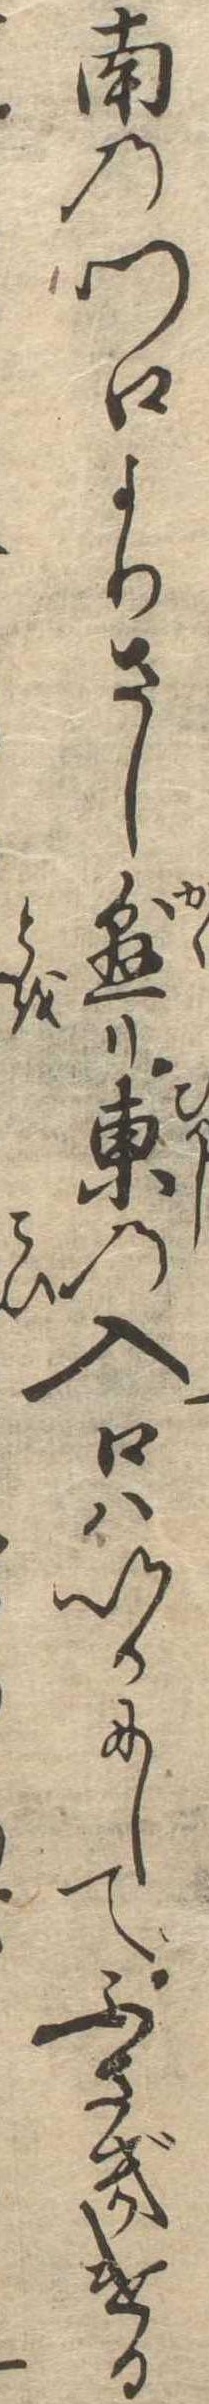
南の門口よりさし懸り東の入口はいかにしてふさぎける